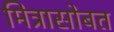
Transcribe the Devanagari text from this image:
मित्रासोबत